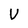
Character: V